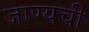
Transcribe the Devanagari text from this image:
जाण्यची